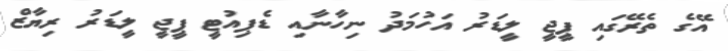
އޭގެ ތެރޭގައި ޕީޖީ ލީޑަރު އަހުމަދު ނިހާނާއި ޑެޕިއުޓީ ޕީޖީ ލީޑަރު ރިޔާޒް